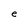
Character: e